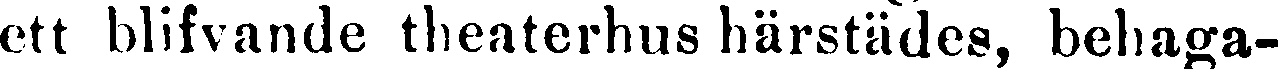
ett blifvande theaterhus härstädes, behaga-